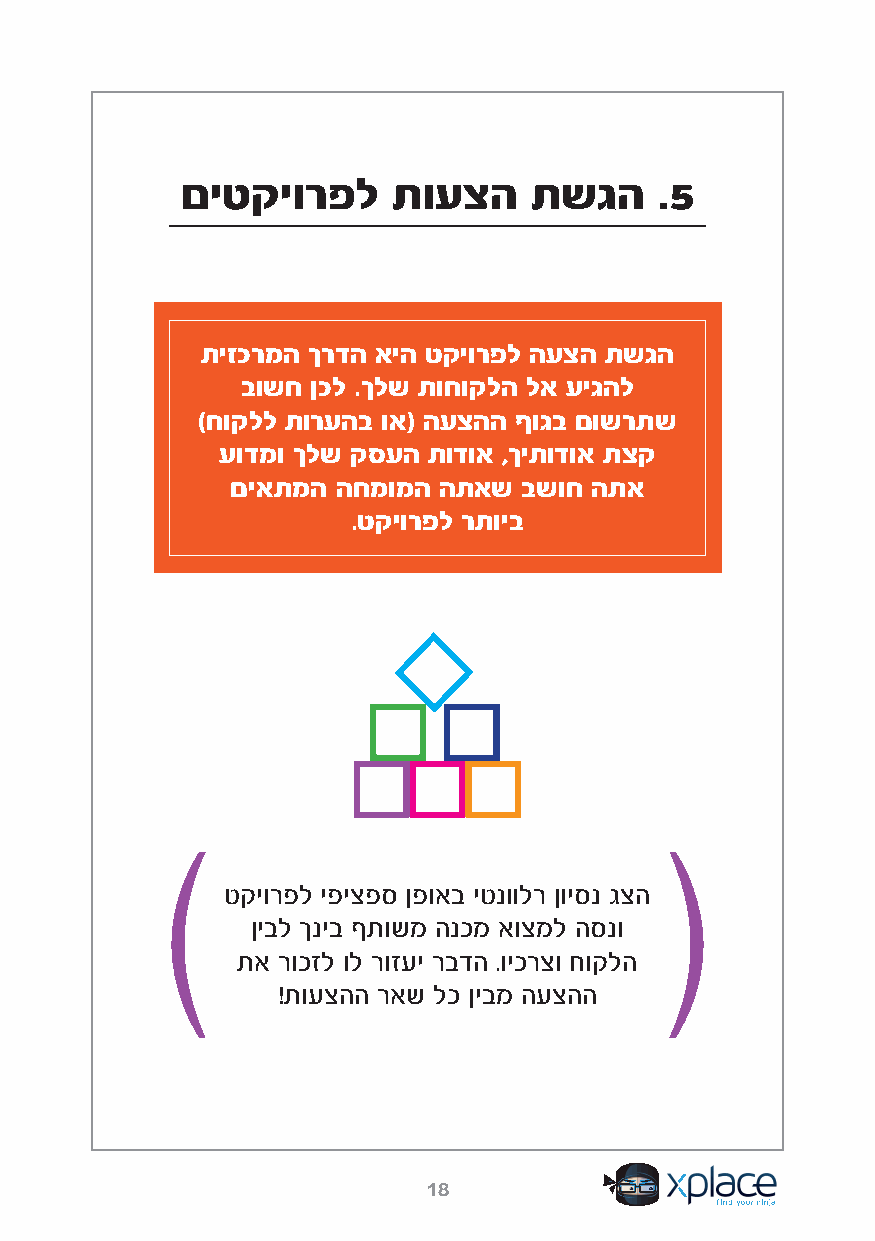
םיטקיורפל     תועצה    תשגה     .5
 תיזכרמה ךרדה איה טקיורפל העצה תשגה
 בושח ןכל .ךלש תוחוקלה לא עיגהל
 )חוקלל תורעהב וא( העצהה ףוגב םושרתש
 עודמו ךלש קסעה תודוא ,ךיתודוא תצק
 םיאתמה החמומה התאש  בשוח התא
 .טקיורפל רתויב
 טקיורפל יפיצפס ןפואב יטנוולר ןויסנ גצה
 ןיבל ךניב ףתושמ הנכמ אוצמל הסנו
 תא רוכזל ול רוזעי רבדה .ויכרצו חוקלה
 !תועצהה ראש לכ ןיבמ העצהה
 18